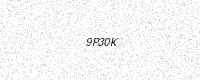
Text: 9P30K